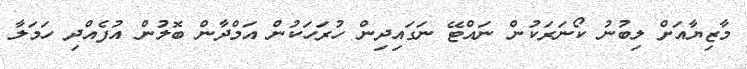
މާޒިޔާއަށް ލިބުނު ކޯނަރަކުން ނައްޓޭ ނަގައިދިން ހުރަހަކުން އަމްދާން ބޮލުން އުފެއްދި ހަމަލާ